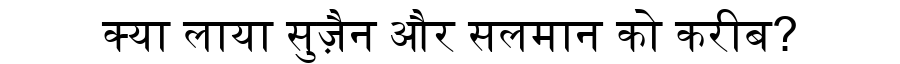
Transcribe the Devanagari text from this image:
क्या लाया सुज़ैन और सलमान को करीब?